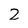
Character: 2